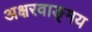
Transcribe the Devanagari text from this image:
अक्षरवाङ्‌मय